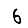
Digit: 6